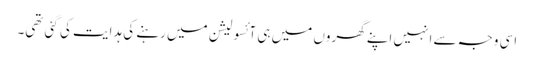
اسی وجہ سے انہیں اپنے گھروں میں ہی آئسولیشن میں رہنے کی ہدایت کی گئی تھی۔